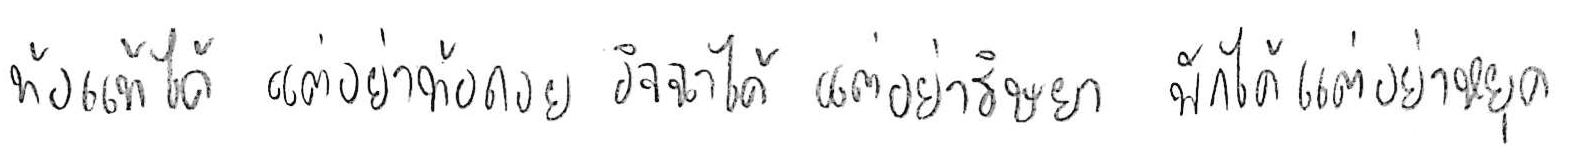
ท้อแท้ได้ แต่อย่าท้อถอย อิจฉาได้ แต่อย่าริษยา พักได้ แต่อย่าหยุด